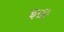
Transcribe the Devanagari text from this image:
इव्री